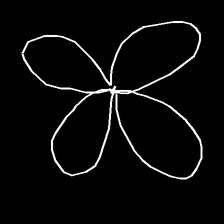
Glyph: billowing